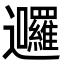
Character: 𮟩